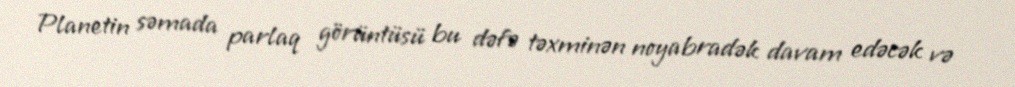
Planetin səmada parlaq görüntüsü bu dəfə təxminən noyabradək davam edəcək və